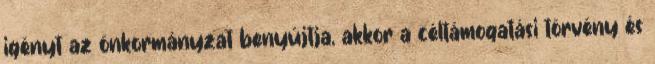
igényt az önkormányzat benyújtja, akkor a céltámogatási törvény és